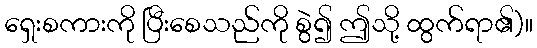
ရှေးစကားကို ပြီးစေသည်ကို စွဲ၍ ဤသို့ ထွက်ရာ၏)။